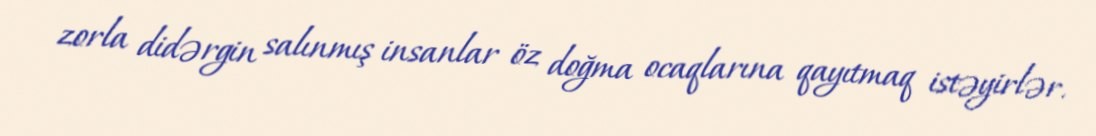
zorla didərgin salınmış insanlar öz doğma ocaqlarına qayıtmaq istəyirlər.